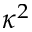
\kappa ^ { 2 }